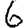
Digit: 6